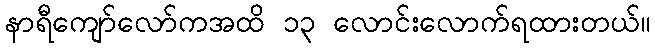
နာရီကျော်လော်ကအထိ ၁၃ လောင်းလောက်ရထားတယ်။